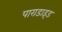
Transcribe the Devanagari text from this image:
पाराडाइड